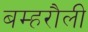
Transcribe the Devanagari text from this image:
बम्हरौली